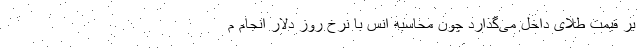
بر قیمت طلای داخل می‌گذارد چون محاسبه انس با نرخ روز دلار انجام م